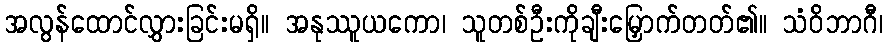
အလွန်ထောင်လွှားခြင်းမရှိ။ အနုဿူယကော၊ သူတစ်ဦးကိုချီးမြှောက်တတ်၏။ သံဝိဘာဂီ၊